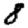
Digit: 8